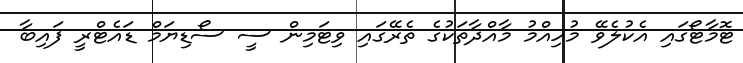
ޓޮމާޓޯގައި އެކުލެވޭ މުހިއްމު މާއްދާތަކުގެ ތެރޭގައި ވިޓަމިން ސީ ސޯޑިޔަމް ޑައެޓްރީ ފައިބާ